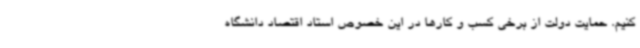
کنیم. حمایت دولت از برخی کسب و کارها در این خصوص استاد اقتصاد دانشگاه